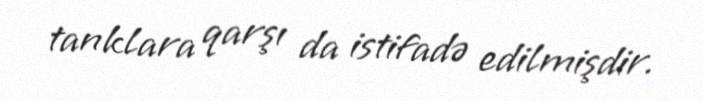
tanklara qarşı da istifadə edilmişdir.